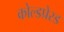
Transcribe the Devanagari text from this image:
कोल्डप्रेस्ड